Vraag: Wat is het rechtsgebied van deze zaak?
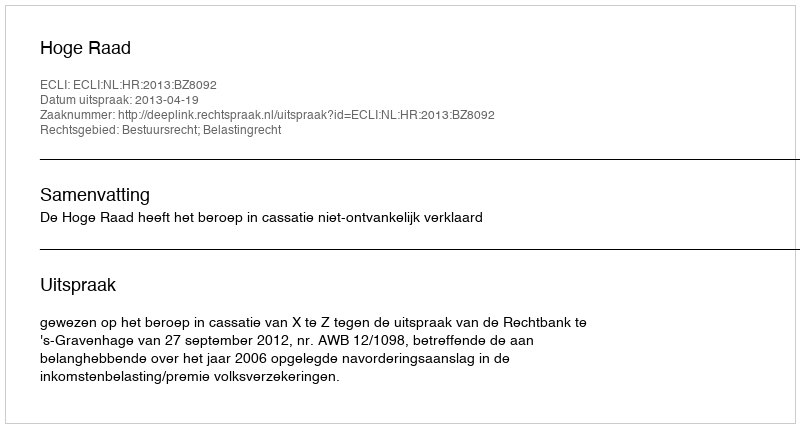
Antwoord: Bestuursrecht; Belastingrecht